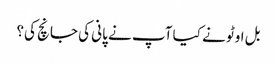
بل اوٹو نے کیا آپ نے پانی کی جانچ کی؟